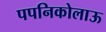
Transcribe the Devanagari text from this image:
पपनिकोलाऊ